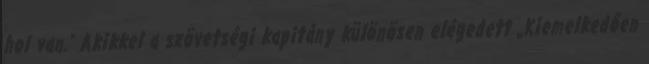
hol van." Akikkel a szövetségi kapitány különösen elégedett „Kiemelkedően